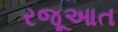
રજૂઆત